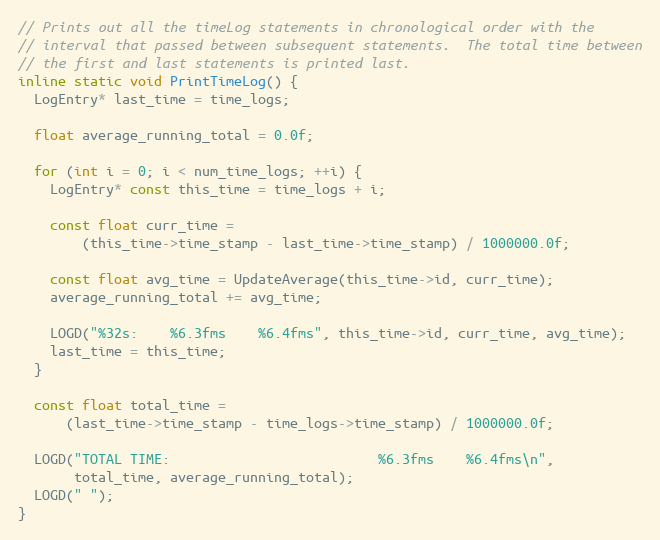
Language: C
// Prints out all the timeLog statements in chronological order with the
// interval that passed between subsequent statements.  The total time between
// the first and last statements is printed last.
inline static void PrintTimeLog() {
  LogEntry* last_time = time_logs;

  float average_running_total = 0.0f;

  for (int i = 0; i < num_time_logs; ++i) {
    LogEntry* const this_time = time_logs + i;

    const float curr_time =
        (this_time->time_stamp - last_time->time_stamp) / 1000000.0f;

    const float avg_time = UpdateAverage(this_time->id, curr_time);
    average_running_total += avg_time;

    LOGD("%32s:    %6.3fms    %6.4fms", this_time->id, curr_time, avg_time);
    last_time = this_time;
  }

  const float total_time =
      (last_time->time_stamp - time_logs->time_stamp) / 1000000.0f;

  LOGD("TOTAL TIME:                          %6.3fms    %6.4fms\n",
       total_time, average_running_total);
  LOGD(" ");
}